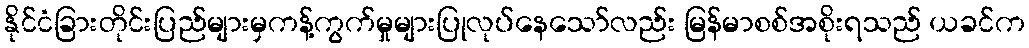
နိုင်ငံခြားတိုင်းပြည်များမှကန့်ကွက်မှုများပြုလုပ်နေသော်လည်း မြန်မာစစ်အစိုးရသည် ယခင်က